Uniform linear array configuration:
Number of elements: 48
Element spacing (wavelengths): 0.75
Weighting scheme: blackman
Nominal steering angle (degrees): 45
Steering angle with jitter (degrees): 43.19
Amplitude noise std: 0.05
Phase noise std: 0.05

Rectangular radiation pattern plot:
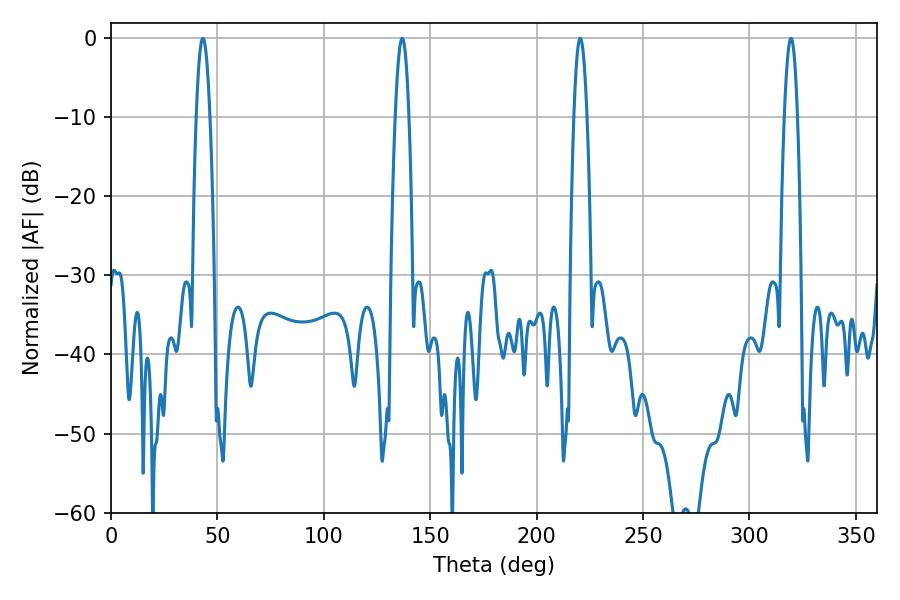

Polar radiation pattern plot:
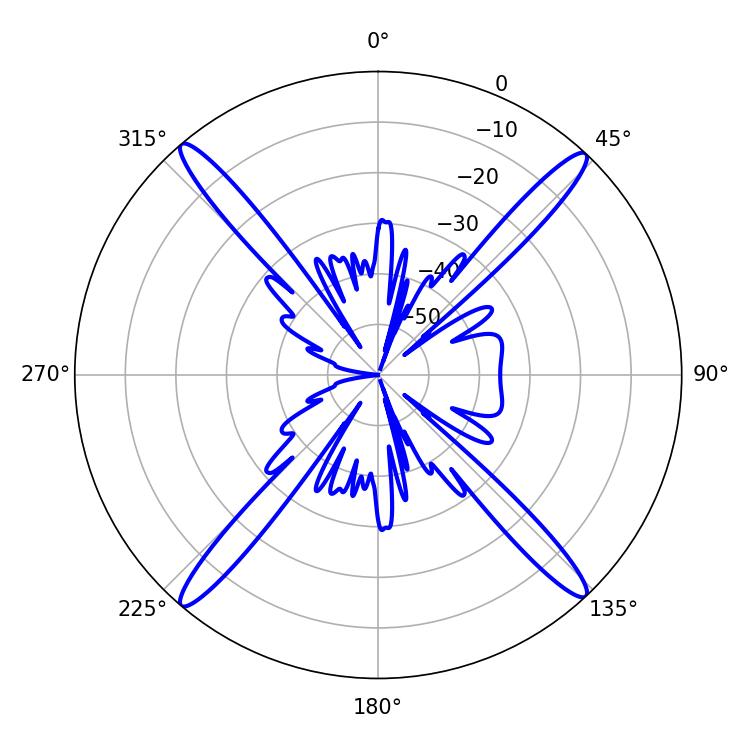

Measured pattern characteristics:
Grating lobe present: TRUE
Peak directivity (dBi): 23.732
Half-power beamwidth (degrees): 3.24
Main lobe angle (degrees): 220.5